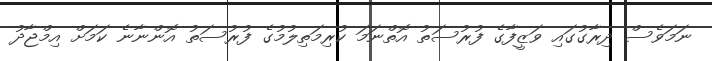
ނަމަވެސް ދިރާގުގައި ވަޒީފާގެ ފުރުސަތު އޮތްނަމަ ކުރިމަތިލުމުގެ ފުރުސަތު އޮންނާނެ ކަމަށް އިމްޖާދު